Bréfritari: Jakobína Jónsdóttir
Viðtakandi: Sólveig Jónsdóttir
Dagsetning: A-1882-05-08
Skrifað á: Bessastöðum  Gull.
systir bréfviðtakanda

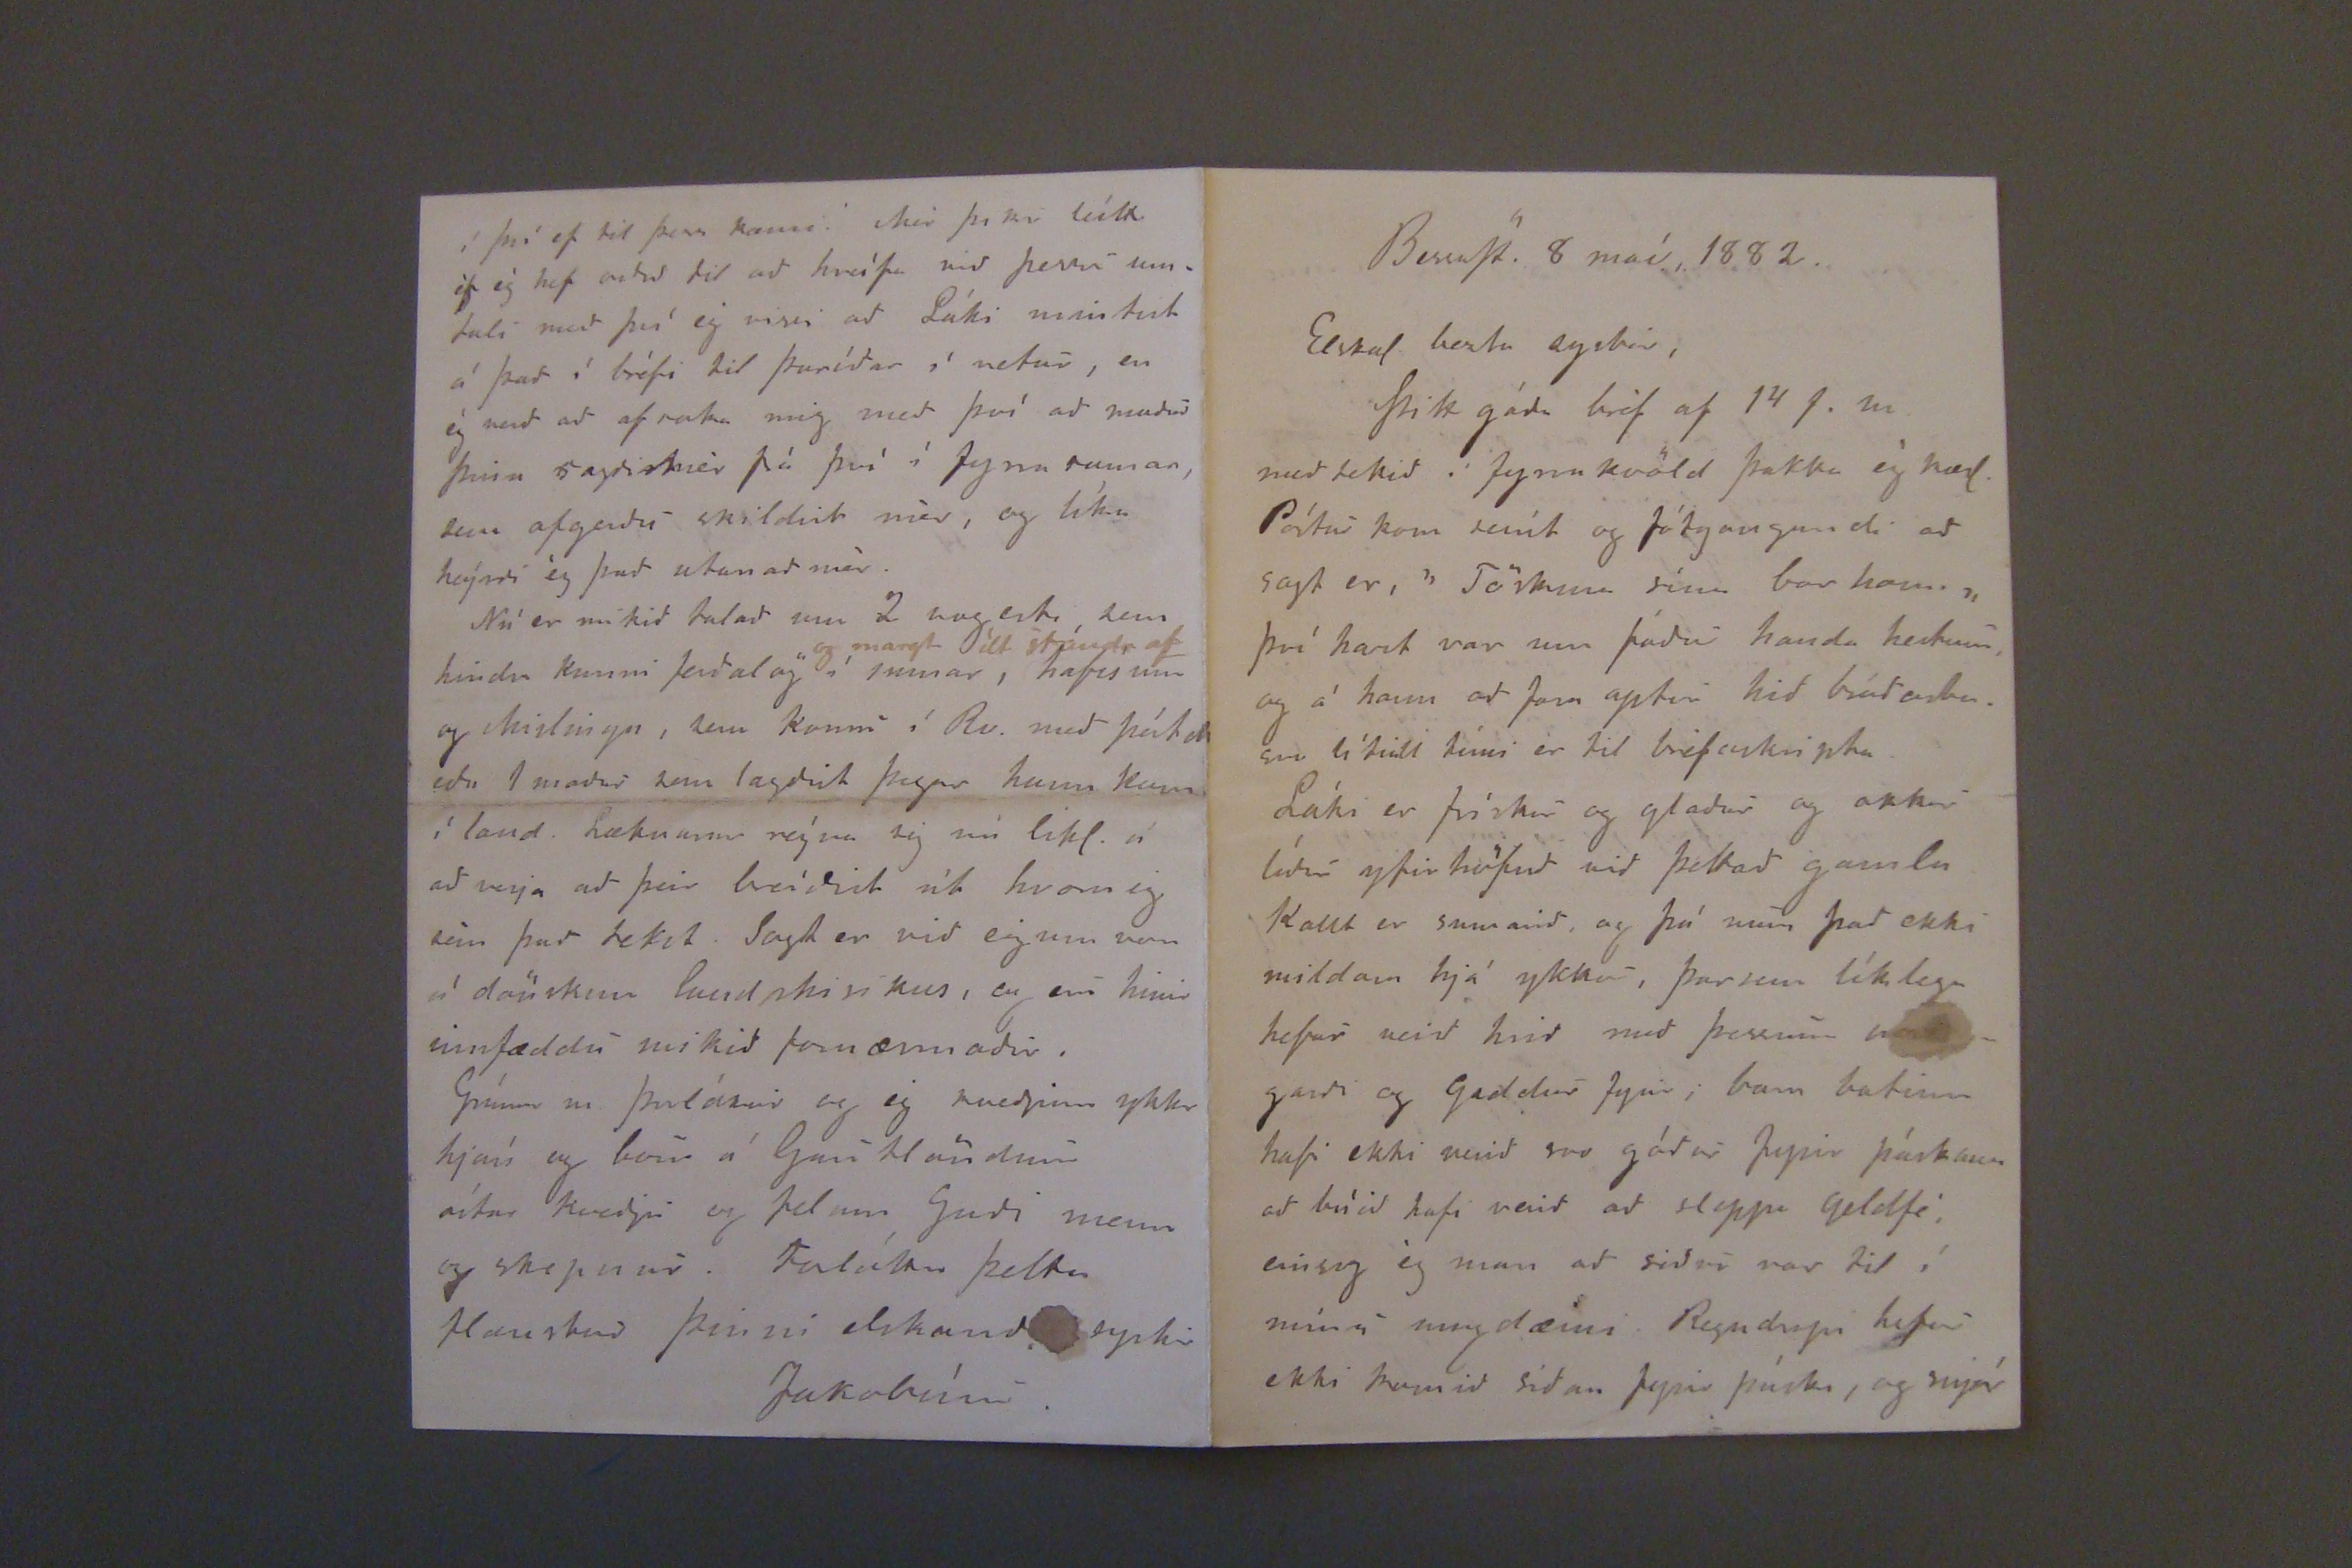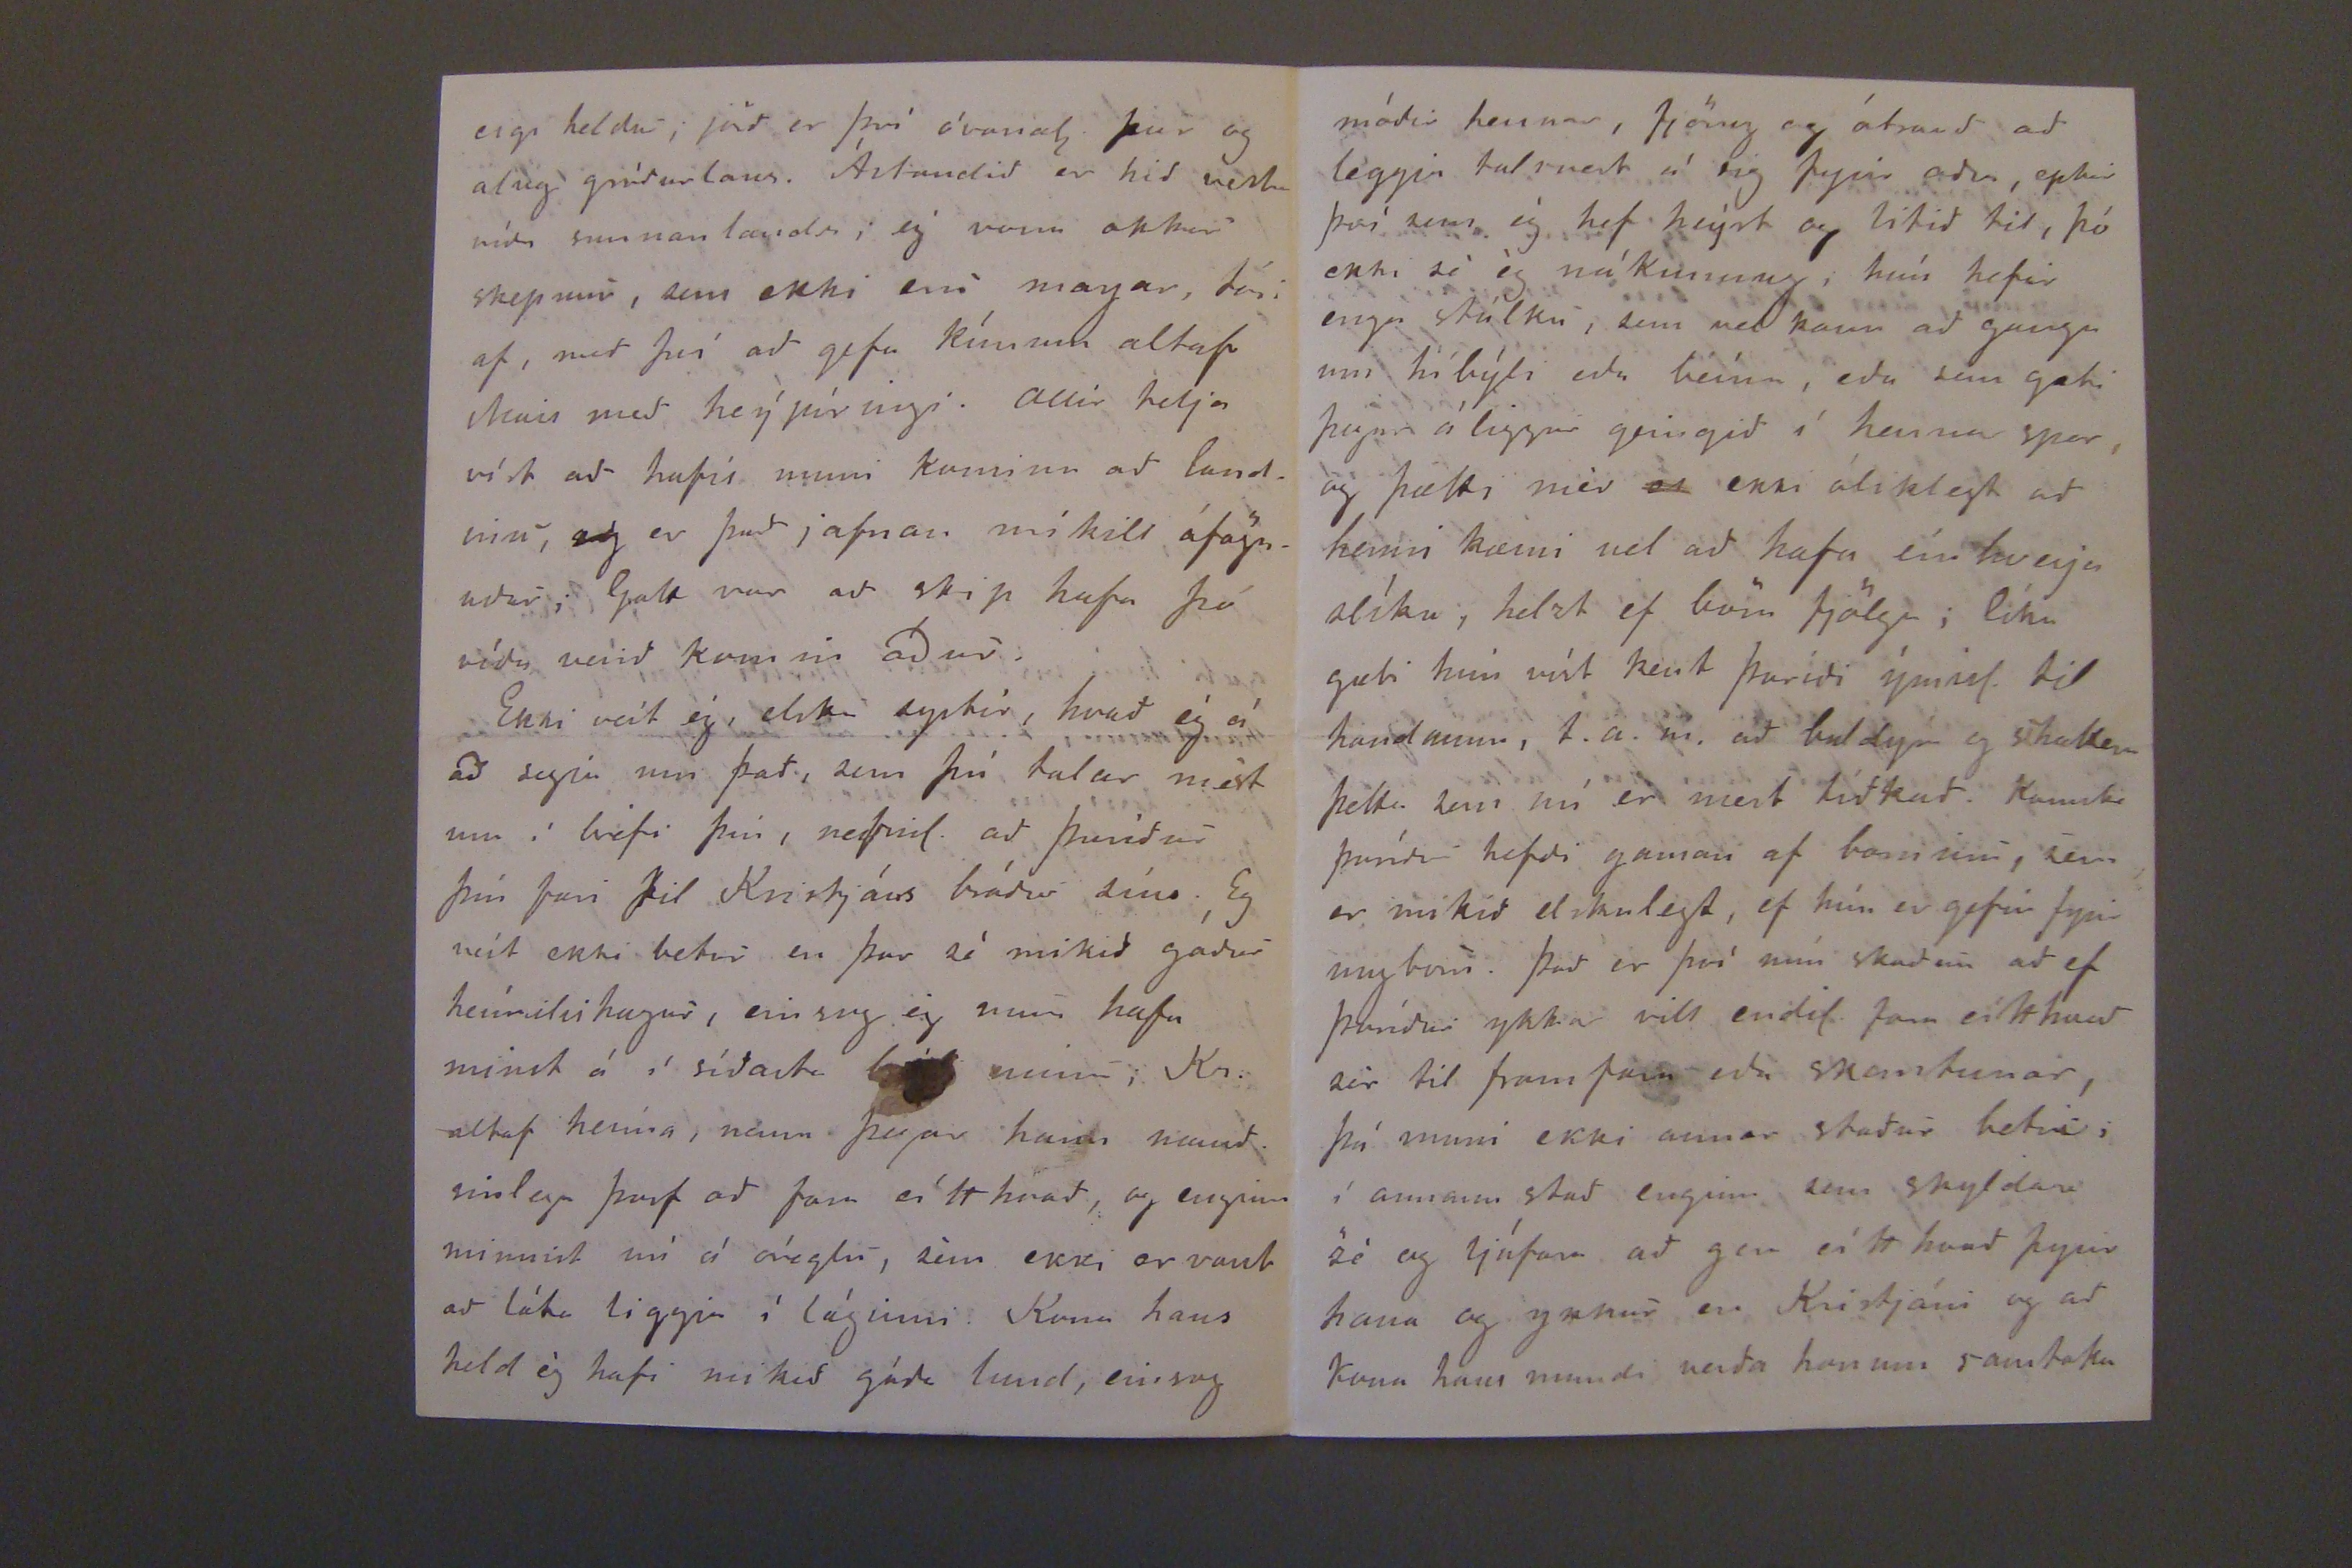

BessaSt. 8 maí, 1882.
Elskul. bezta systir,
Þitt góða bréf af 14 f.m. meðtekið í fyrrakvöld þakka ég kærl. Póstur kom seínt og fótgangandi að sagt er, "Töskuna sína bar hann." því hart var um fóður handa hestum, og á hann að fara aptur hið bráðasta. svo lítill tími er til bréfaskripta.
Láki er frískur og glaður og okkur líður yfirhöfuð við þettað gamla Kallt er sumarið og þá mun það ekki mildara hjá ykkur, þarsem líklega hefur verið hrið með þessum v
garði og Gaddur fyrir, barn batinn hafi ekki verið svo góður fyrir páskann að búið hafi verið að sleppa Geldfé, einsog ég man að siður var til í mínu ungdæmi. Regndropi hefur ekki komið síðan fyrir páska, og snjór
eigi heldur joð er því óvanal. þeir og alveg gróðurlaus. Ástandið er hið vesta víða sunnanlands; ég vona okkur skepnur, sem ekki eru margar, tóri af, með því að gefa kúnum altaf Mais með heýpírningi. Allir telja víst að hafís muni kominn að landinu,
og
er það jafnan mikill ófögnuður; Gott var að skip hafa þó víða verið komin áður.
Ekki veít ég, elsku systir, hvað ég á að segja um það. sem þú telur mest um í bréfi þin, nefnil. að Þuríður þín fari til Kristjáns bróður síns. Eg veít ekki betur en þar sé mikið góður heímilishagur, einsog ég mun hafa minst á í síðasta
bréfi
minu; Kr. altaf heíma, nema þegar hann munaðsinlega þarf að fara eítthvað, og enginn minnist nú á óreglu, sem ekki er vant að láta liggja í láginni. Kona hans held ég hafi mikið góða lund, einsog
í því ef til þess kæmi. Mér þikir leítt ef ég hef orðið til að hreífa við þessu umtali með því ég vissi að Láki mintist á það í bréfi til Þuríðar í vetur, en ég verð að af saka mig með því að maður þinn sagðimér frá því í fyrra sumar, sem afgerðu skildist mér, og líka heýrði ég það utan að mér.
Nú er mikið talað um 2 august, sem hindra kunni ferðalög í sumar;
og margt ílt standa af
hafísum og skidingu, sem komu í Rv. með póstsk eða 1 maður sem lagðist þegar hann kom í land. Læknarnir reýna
sig
nú likl. á að verja að þeir breíðist út hvernig sem það tekst Sagt er við eigum von á dönskum lundskipkus, og eru hinir innfæddu mikið fornæmaðir.
Grímur m Þorlákur og eg kveðjum ykr hjón og börn á Gautlöndum ástar kveðju og felum Guði menn og skepnur. Forláttu þetta flaustur þinni elskandi systir
Jakobína.
móðir hennar, fjörug og átrauð að leggja talsvert á sig fyrir aðra, eptir því sem ég hef heýrt og litid til, þó ekki sé ég nákunnug; hún hefir enga stúlku, sem vel kann að ganga um híbýli eða heím, eða sem gæti þegar á liggur geingið í hennar spor, og þætti mér
er
ekki áliklegt að henni kann vel að hafa eínhverju slíku, helzt ef börn fjölga; líka gæti hún víst kenst Þuríði ýmisl. til handanna, t.a.m. að hyldýr og síhættir þetta sem nú er mest tíðkað. Kannske Þuríður hefði gaman af barninu, sem er mikið elskulegt, ef hún er gefin fyrir ungbörn. Það er því mín skaðun að ef Þuríður ykkar vill endil. fara eítthvað sér til fram fara eða skamtunar, þú muni ekki annar staður betur; í annann stað enginn sem skyldan sé og ljúfan að gera eítthvað fyrir hann og ykkur en Kristjáni og að kona hans mundi verða honum samtaka